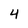
Character: 4